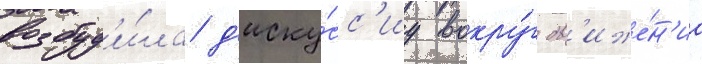
возбуд'и́ла д'иску́сс'иу вокру́г дв'иже́н'иа